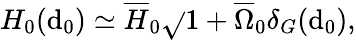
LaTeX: H_{0}(\mathrm{d}_{0})\simeq{\overline{{{{H}}}}_{0}}\sqrt{}{{1+{\overline{{{{\Omega}}}}_{0}}\delta_{G}(\mathrm{d}_{0})}},